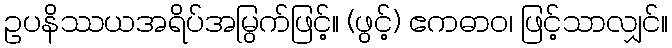
ဥပနိဿယအရိပ်အမြွက်ဖြင့်။ (ဖွင့်) ဧကဓာဝ၊ ဖြင့်သာလျှင်။